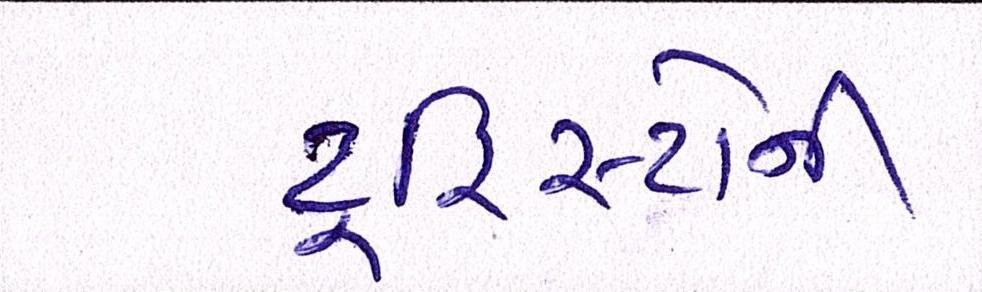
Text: ટૂરિસ્ટોની